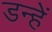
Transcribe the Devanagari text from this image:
डन्हें